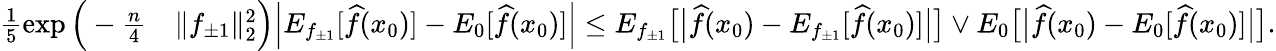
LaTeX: \begin{array}{rl}{\frac 15\exp\Big(-\frac{n}4}&{\| f_{\pm 1}\| _{2}^{2}\Big)\Big|E_{f_{\pm 1}}[\widehat f(x_{0})]-E_{0}[\widehat f(x_{0})]\Big|\leq E_{f_{\pm 1}}\big[\big|\widehat f(x_{0})-E_{f_{\pm 1}}[\widehat f(x_{0})]\big|\big]\vee E_{0}\big[\big|\widehat f(x_{0})-E_{0}[\widehat f(x_{0})]\big|\big].}\end{array}